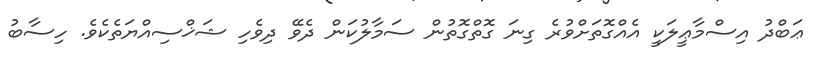
ޢަބްދު އިސްމާޢީލަކީ އެއްގޮތަށްވުރެ ގިނަ ގޮތްގޮތުން ސަމާލުކަން ދެވޭ ދިވެހި ޝަޚްސިއްޔަތެކެވެ. ހިސާބު